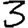
Digit: 3